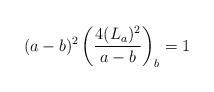
LaTeX: \begin{align*}(a-b)^2 \left( \frac{4(L_a)^2}{a-b} \right)_{b} =1\end{align*}